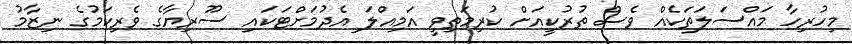
މިހުރިހާ މައްސަލަތަކެއް ވެސް ތުރުކީއަށް ކުރިމަތިވީ އަމިއްލަ އެދުމަށްޓަކައި ސޫރިޔާގެ ވެރިކަމުގެ ނިޒާމު